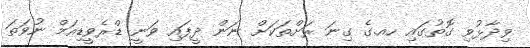
ވިދާޅުވި ގޮތުގައި ހއ.ގެ ގިނަ ރަށްތަކަށް ނަން ދީފައި ވަނީ ޑްރެވީޑިއަމް ނުވަތަ